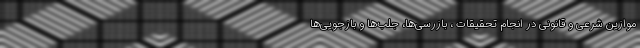
موازین شرعی و قانونی در انجام تحقیقات ، بازرسی‌ها، جلب‌ها و بازجویی‌ها